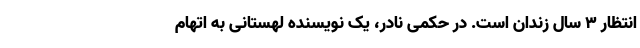
انتظار 3 سال زندان است. در حکمی نادر، یک نویسنده لهستانی به اتهام